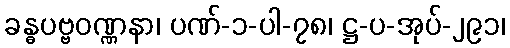
ခန္ဓပဗ္ဗဝဏ္ဏနာ၊ ပဏ်-၁-ပါ-၇၈၊ ဋ္ဌ-ပ-အုပ်-၂၉၁၊